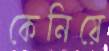
কেনিয়ে